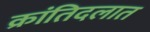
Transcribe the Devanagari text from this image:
क्रांतिदलात